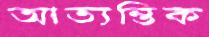
আত্যন্তিক